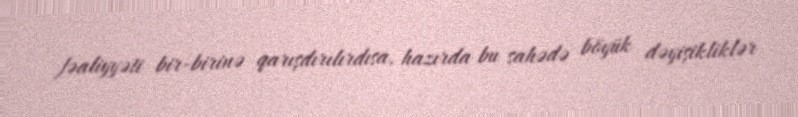
fəaliyyəti bir-birinə qarışdırılırdısa, hazırda bu sahədə böyük dəyişikliklər